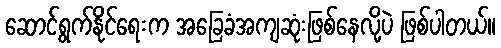
ဆောင်ရွက်နိုင်ရေးက အခြေခံအကျဆုံးဖြစ်နေလို့ပဲ ဖြစ်ပါတယ်။